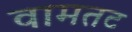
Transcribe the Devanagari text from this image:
वामतट